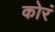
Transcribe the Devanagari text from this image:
कोरं